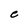
Character: e